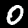
Digit: 0